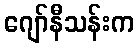
ဂျော်နီသန်းက